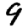
Digit: 9